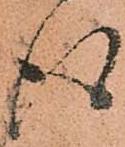
得